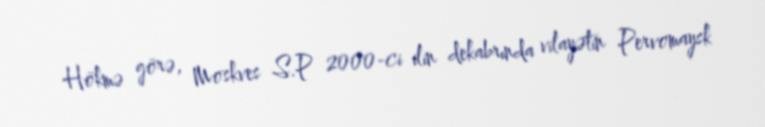
Hökmə görə, Moskves S.P 2000-ci ilin dekabrında vilayətin Pervomaysk